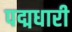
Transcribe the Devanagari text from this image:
पद्मधारी